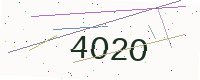
Text: 4O2O